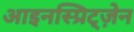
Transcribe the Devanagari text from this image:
आइनस्प्रिट्ज़ेन